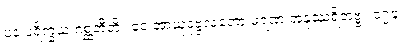
ပန ပရိက္ခယံ ဂစ္ဆတီတိ။ ဧဝံ အာယုဒုဗ္ဗလတော မရဏံ အနုဿရိတဗ္ဗံ။ ၁၇၄။